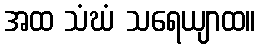
အထ သံဃံ သရေယျာထ။